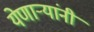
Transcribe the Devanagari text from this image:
येणार्‍यांनी